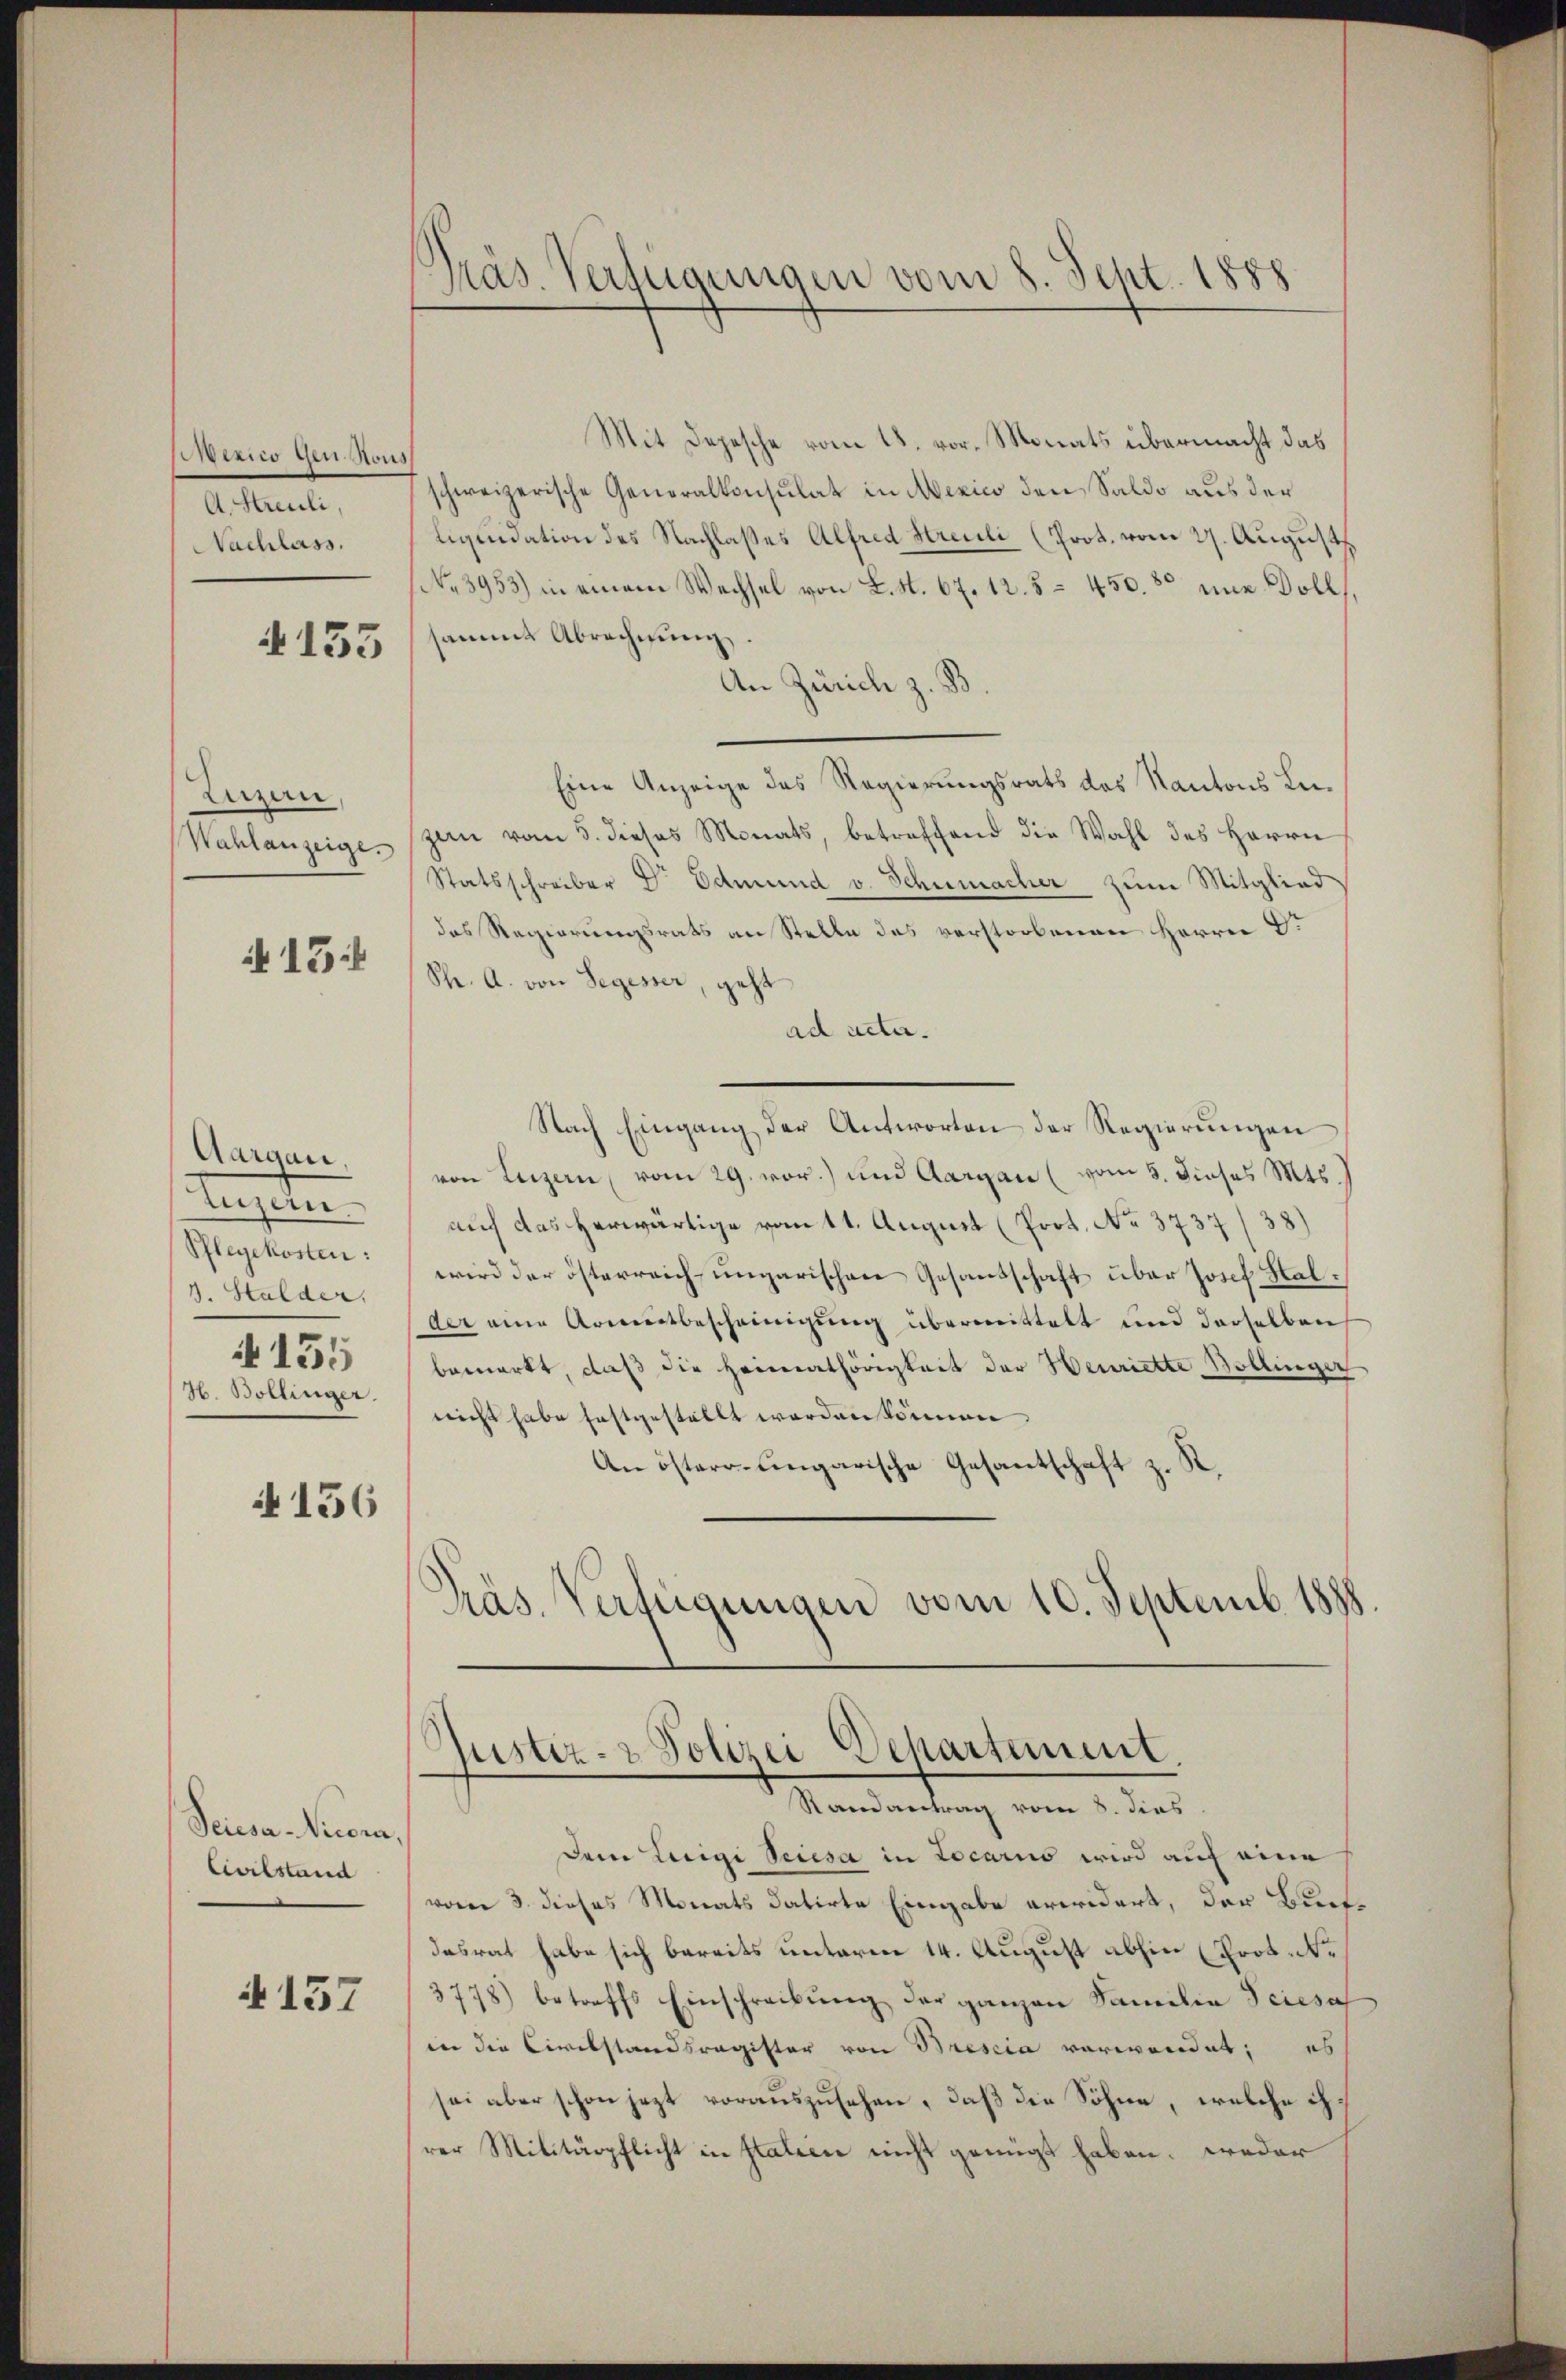
Mexico gen Hous
A. Streuli,
Nachlass.

135

Lerzen
Wahlanzeige.

A 13:

Aargau,
treten.
Pflegekosten:
3. Stalder.
A 155
H. Bollinger.

4156

Seiesa Nicora,
Civilstand

A 157

Präs. Verfügungen vom 8. Sept. 1888

Mit Depesche vom 18. vor. Monats übermacht das
schweizerische Generalkonsulat in Mexico den Saldo aus der
liquidation des Nachlaßes Alfred Streuli (Prot. vom 27. August
No 3953) in einem Wechsel von L. S. 67. 12.5– 450. 80 eine Dollsammt Abrechnung
An Zürich z. B
Eine Anzeige des Regierungsrats des Kantons Lu-
zan vom 5. dieses Monats, betreffend die Wahl des Herrn
Statsschreiber Dr. Edmund v. Schumacher zum Mitglied
das Regierungsrats an Stelle des verstorbenen Herrn D.
Shr. A. von Segesser, geht
ad acta.
Nach Eingang der Antworten der Regierungen
von Luzern, vom 29. vor.) und Aargau (vom 5. dieses Mts.
auf das herwärtige vom 11. August (Prot. No. 3737/38)
wird der österreich ungarischen Gesandschaft über Josef Halder eine Armutbescheinigung übermittelt und derselben
bemerkt, daß die Heimathörigkeit der Henriette Bollinger
nicht habe festgestellt worden können
An österr. ungarische Gesantschaft z. R.
Präs. Verfügungen vom 10. Septemb. 1888.

Justiz- & Polizei Departement.
Randantrag vom 8. dies

dem Luigi Seiesa in Locario wird auf eine
vom 3. dieses Monats datirte Eingabe erwidert, der Bundesrat habe sich bereits unterm 14. August abhin (Prot. De
3778) betreffs Einschreibŭng der ganzen Familie Triesa
in die Civilstandsragister von Brescia verwendet; es
sei aber schon jezt vorauszusehen, daß die Söhne, welche ihrer Militärpflicht in statien nicht genügt haben. weder